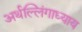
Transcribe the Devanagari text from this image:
अर्थल्लिंगाध्याय